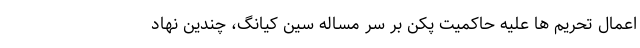
اعمال تحریم ها علیه حاکمیت پکن بر سر مساله سین کیانگ، چندین نهاد